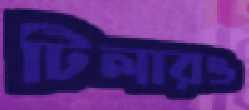
টিলারও